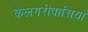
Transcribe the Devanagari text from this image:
कैलगरीवासियों